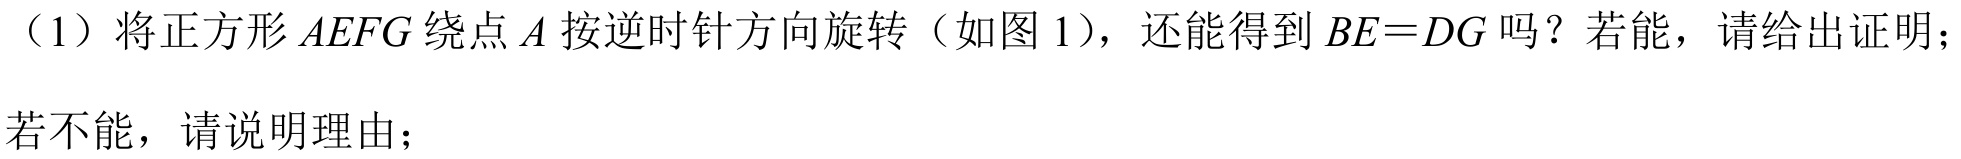
（1）将正方形\(AEFG\)绕点\(A\)按逆时针方向旋转（如图1），还能得到\(BE = DG\)吗？若能，请给出证明；若不能，请说明理由；